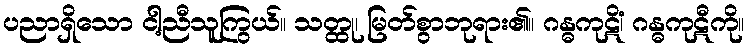
ပညာရှိသော ငါ့ညီသူကြွယ်။ သတ္ထု၊ မြတ်စွာဘုရား၏။ ဂန္ဓကုဋိံ၊ ဂန္ဓကုဋီကို။